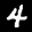
Label: 4